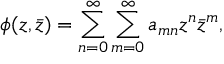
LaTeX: \phi ( z , \bar { z } ) = \sum _ { n = 0 } ^ { \infty } \sum _ { m = 0 } ^ { \infty } a _ { m n } z ^ { n } \bar { z } ^ { m } ,